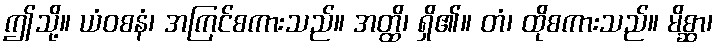
ဤသို့။ ယံဝစနံ၊ အကြင်စကားသည်။ အတ္ထိ၊ ရှိ၏။ တံ၊ ထိုစကားသည်။ မိစ္ဆာ၊